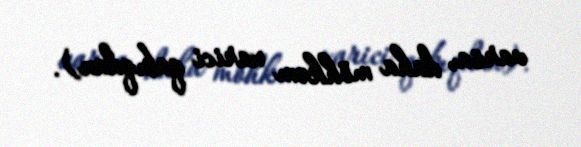
varsa, daha möhkəm xarici qabıqdan).